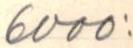
6000: